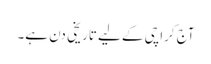
آج کراچی کے لیے تاریخی دن ہے۔